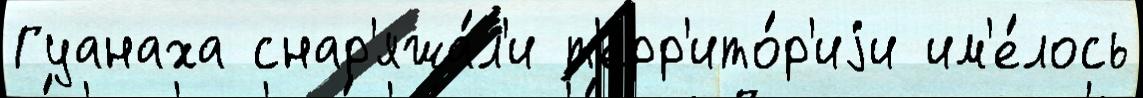
Гуанаха снар'яжа́л'и т'ерр'ито́р'иjи им'е́лось